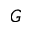
G